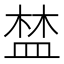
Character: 𥁹